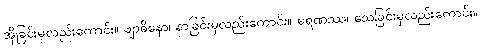
အိုခြင်းမှလည်းကောင်း။ ဗျာဓိနော၊ နာခြင်းမှလည်းကောင်း။ မရဏဿ၊ သေခြင်းမှလည်းကောင်း။